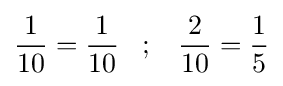
{\frac {1}{10}}={\frac {1}{10}}\;\;\;;\;\;\;{\frac {2}{10}}={\frac {1}{5}}